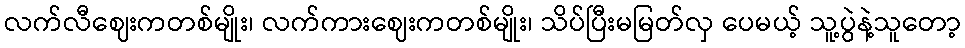
လက်လီဈေးကတစ်မျိုး၊ လက်ကားဈေးကတစ်မျိုး၊ သိပ်ပြီးမမြတ်လှ ပေမယ့် သူ့ပွဲနဲ့သူတော့